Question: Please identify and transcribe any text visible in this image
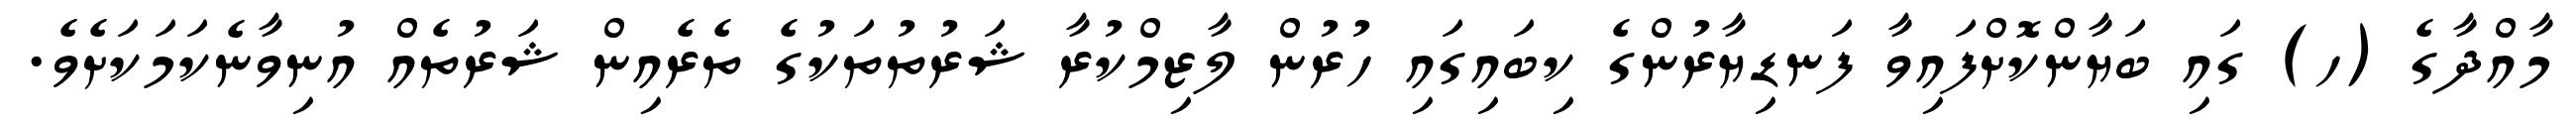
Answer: މާއްދާގެ (ހ) ގައި ބަޔާންކޮށްފައިވާ ފަނޑިޔާރުންގެ ކިބައިގައި ހުރުން ލާޒިމްކުރާ ޝަރުތުތަކުގެ ތެރެއިން ޝަރުތެއް އުނިވާނެކަމަކަށެވެ.